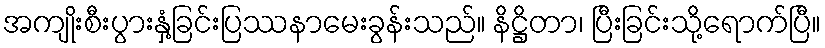
အကျိုးစီးပွားနှံ့ခြင်းပြဿနာမေးခွန်းသည်။ နိဋ္ဌိတာ၊ ပြီးခြင်းသို့ရောက်ပြီ။